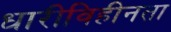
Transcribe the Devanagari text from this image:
धारीविहीनता